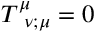
T _ { { \, \, \, \nu } ; \mu } ^ { \mu } = 0